Trukikaitis_Postimees, lk 74
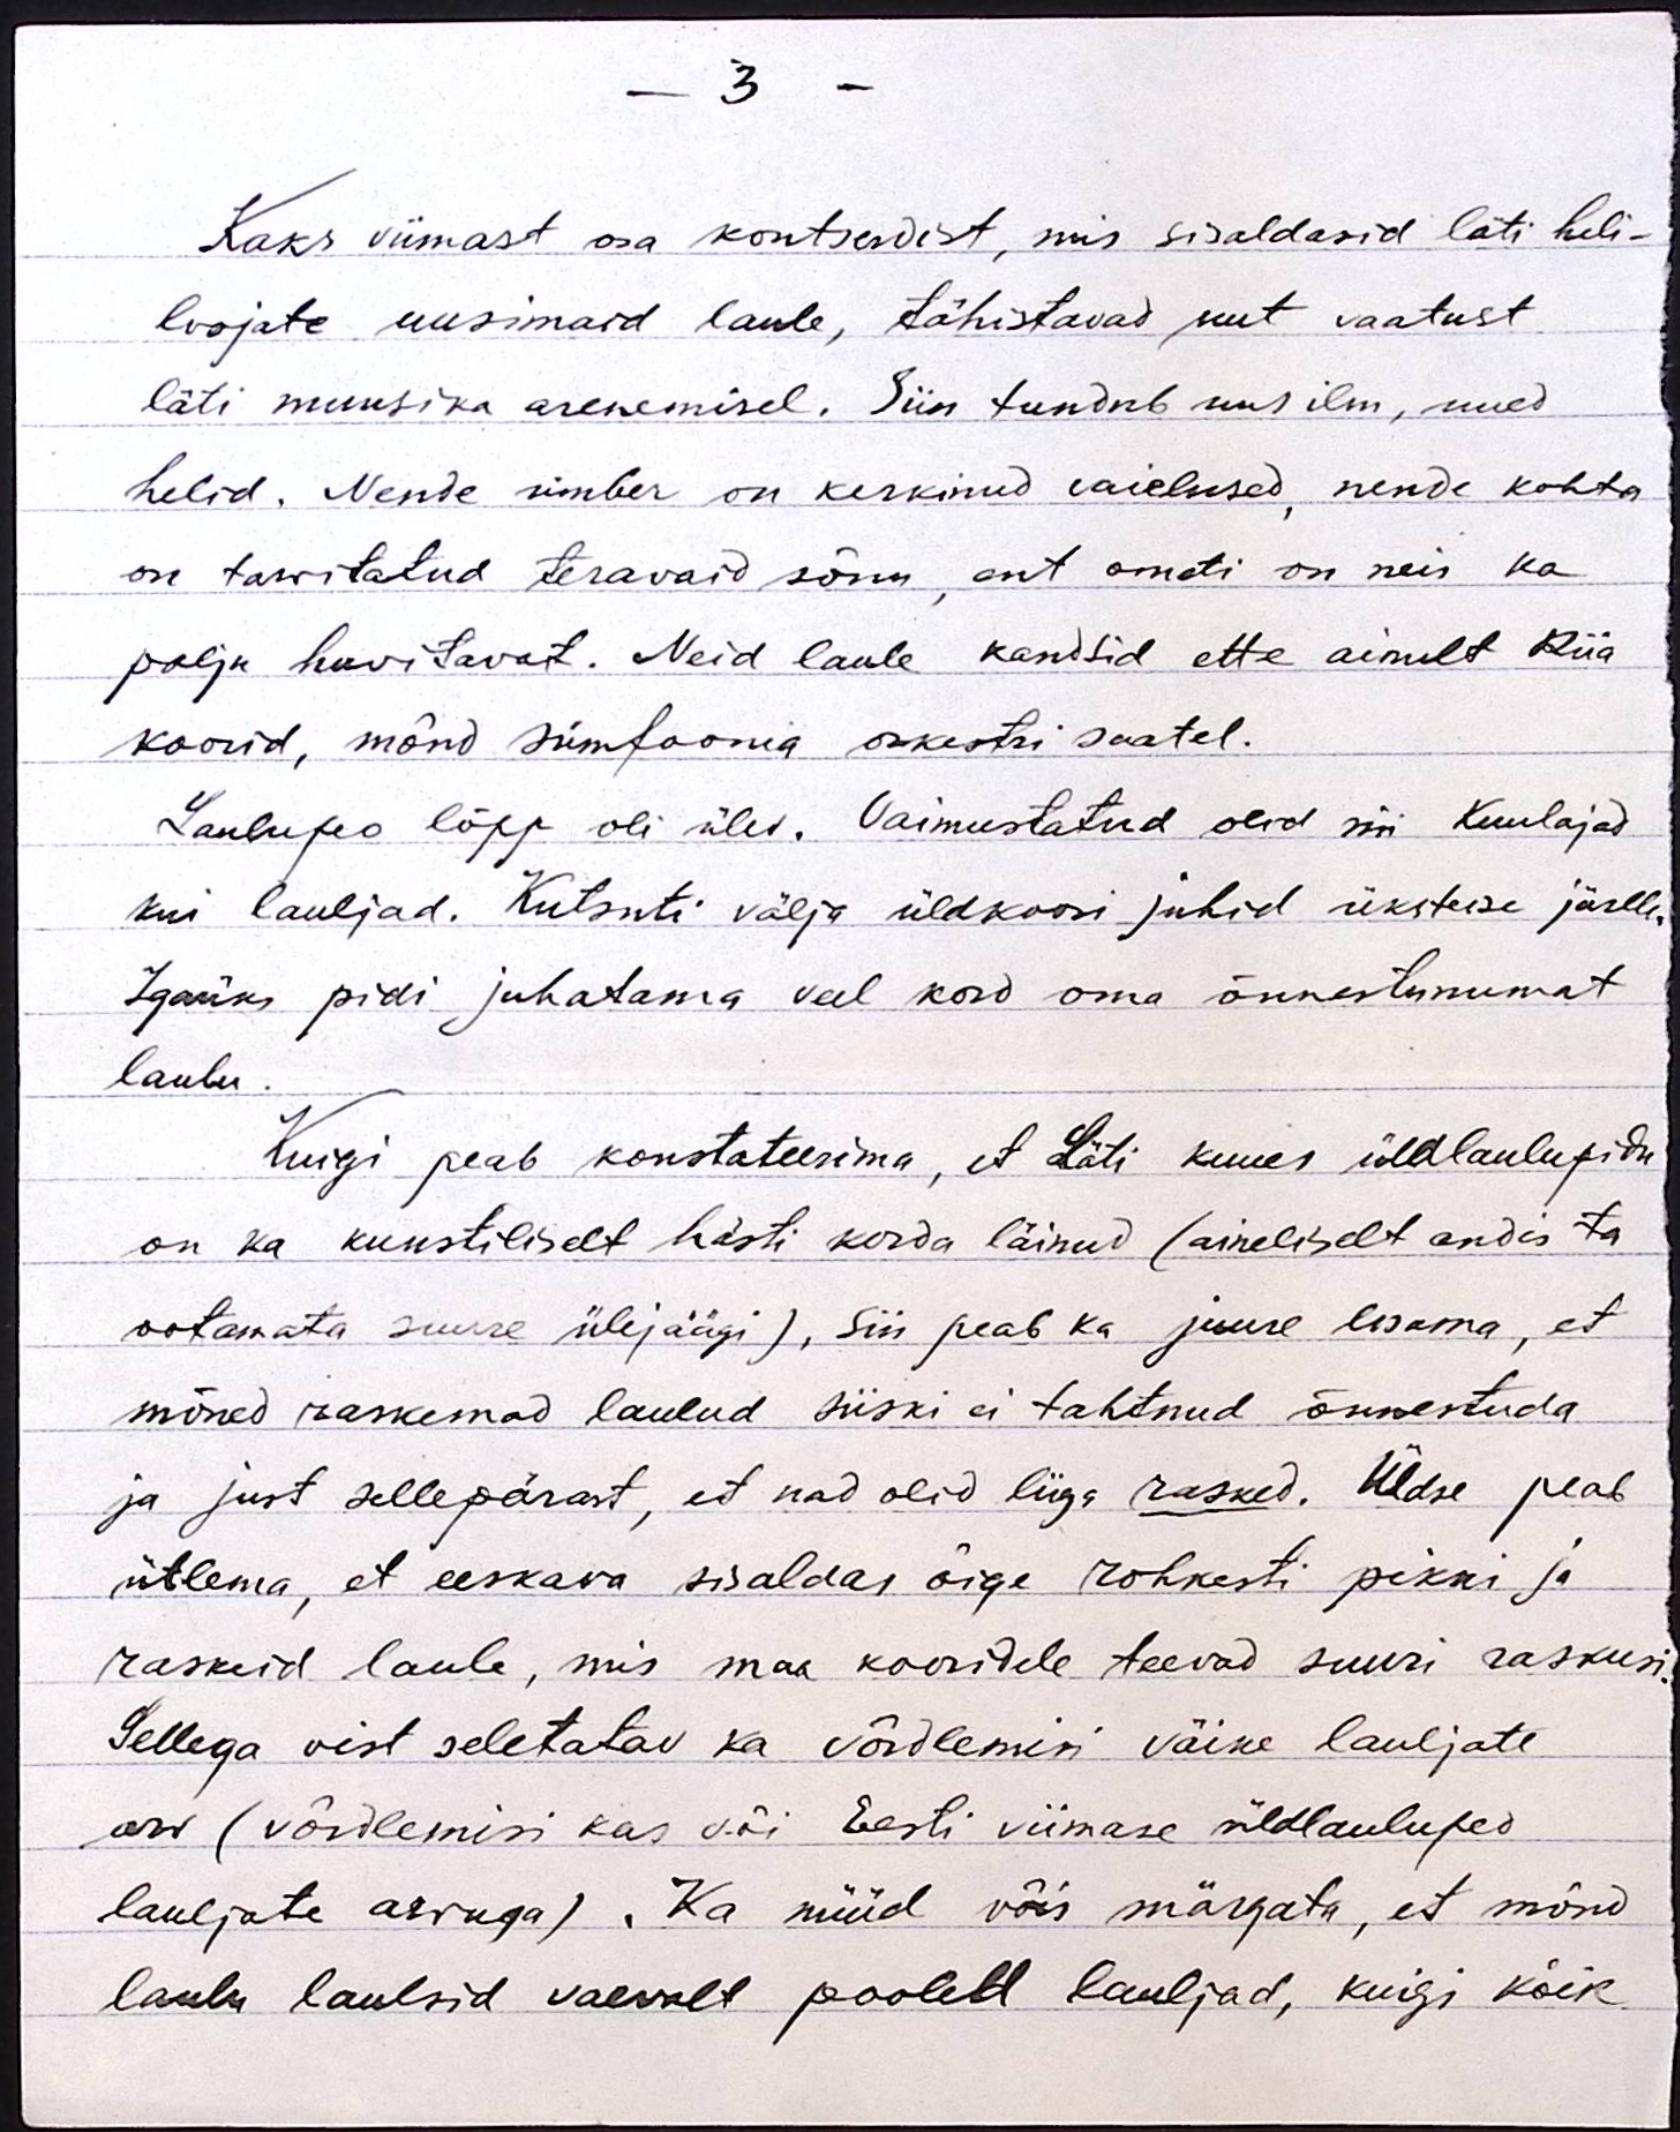
- 3 -
Kaks viimast osa kontserdist, mis sisaldasid läti heli-
loojate uusimaid laule, tähistavad uut vaatust
läti muusika arenemisel. Siin tundub uus ilm, uued
helid. Nende ümber on kerkinud vaielused, nende kohta
on tarvitatud teravaid sõnu, ent ometi on neis ka
palju huvitavat. Neid laule kandsid ette ainult Riia
koorid, mõnd sümfoonia orkestri saatel.
Laulupeo lõpp oli ülev. Vaimustatud olid nii kuulajad
kui lauljad. Kutsuti välja üldkoori juhid üksteise järele.
Igaüks pidi juhatama veel kord oma õnnestunumat
laulu.
Kuigi peab konstateerima, et Läti kuues üldlaulupidu
on ka kunstiliselt hästi korda läinud (aineliselt andis ta
ootamata suure ülejäägi), siin peab ka juure lisama, et
mõned raskemad laulud siiski ei tahtnud õnnestuda
ja just sellepärast, et nad olid liiga rasked. Üldse peab
ütlema, et eeskava sisaldas õige rohkesti pikki ja
raskeid laule, mis maa kooridele teevad suuri raskusi.
Sellega vist seletatav ka võrdlemisi väike lauljate
arv (võrdlemisi kas või Eesti viimase üldlaulupeo
lauljate arvuga). Ka nüüd võis märgata, et mõnd
laulu laulsid vaevalt pooled lauljad, kuigi kõik